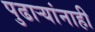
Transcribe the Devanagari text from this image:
पुढार्‍यांनाही